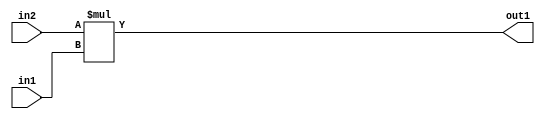
`timescale 1ps / 1ps
/*****************************************************************************
    Verilog RTL Description
    
    
    Created by: Stratus DpOpt 2019.1.01 
*******************************************************************************/

module DC_Filter_Mul_8Ux4U_12U_1 (
	in2,
	in1,
	out1
	); /* architecture "behavioural" */ 
input [7:0] in2;
input [3:0] in1;
output [11:0] out1;
wire [11:0] asc001;

assign asc001 = 
	+(in2 * in1);

assign out1 = asc001;
endmodule

/* CADENCE  ubD4SwA= : u9/ySgnWtBlWxVPRXgAZ4Og= ** DO NOT EDIT THIS LINE ******/